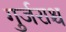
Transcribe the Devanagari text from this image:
गुर्जराश्च